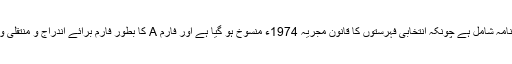
اس فارم A کی شق 12 میں ختم نبوت کا حلف نامہ شامل ہے چونکہ انتخابی فہرستوں کا قانون مجریہ 1974ء منسوخ ہو گیا ہے اور فارم A کا بطور فارم برائے اندراج و منتقلی ووٹ الیکشن ایکٹ 2017ء میں کوئی ذکر نہیں۔